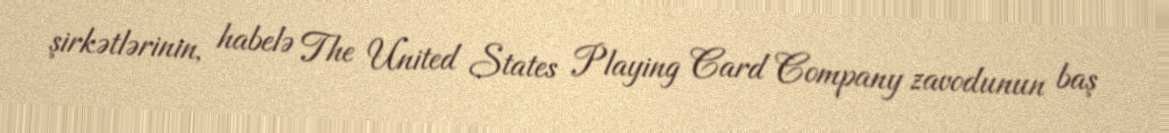
şirkətlərinin, habelə The United States Playing Card Company zavodunun baş